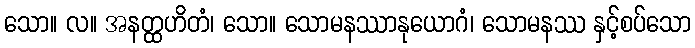
သော။ လ။ အနတ္ထဟိတံ၊ သော။ သောမနဿာနုယောဂံ၊ သောမနဿ နှင့်စပ်သော